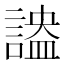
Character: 𧪪